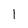
Character: 1